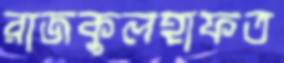
রাজকুলহাফত